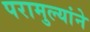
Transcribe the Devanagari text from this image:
परामुल्यांने